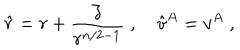
\hat { r } = r + \frac { \zeta } { r ^ { n / 2 - 1 } } \; , \quad \hat { v } ^ { A } = v ^ { A } \; ,